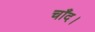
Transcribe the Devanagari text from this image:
चाँद।